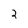
Character: 2